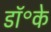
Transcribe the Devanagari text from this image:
डॉ॰के